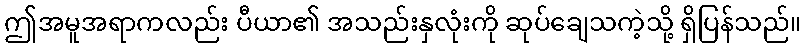
ဤအမူအရာကလည်း ပီယာ၏ အသည်းနှလုံးကို ဆုပ်ချေသကဲ့သို့ ရှိပြန်သည်။